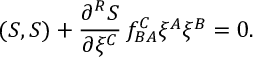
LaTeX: ( { \cal S } , { \cal S } ) + \frac { \partial ^ { R } { \cal S } } { \partial \xi ^ { C } } \, f _ { B A } ^ { C } \xi ^ { A } \xi ^ { B } = 0 .